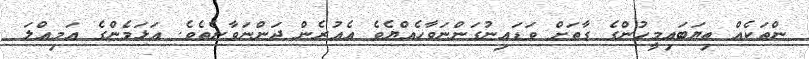
ންތަކެއް ތިޔަބައިމީހުންގެ ގާތަށް ވަޑައިނުގަންނަވާހެއްޔެވެެ އެއުރެން ދަންނަވާނެތެވެ. އަޅަމެންގެ އަމިއްލަ